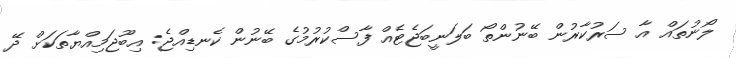
ލޯނުތައް އާ ސަރުކާރުން ބޭނުންތޯ ބަލަނީބަޖެޓެއް ފާސްކުރުމުގެ ބޭނުން ކެނޑިއްޖެ: އިބޫޖަމިއްޔާތަކަށް ދޭ